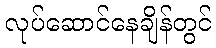
လုပ်ဆောင်နေချိန်တွင်